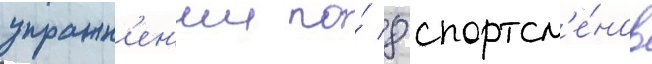
упражн'ен'ии по́ 8 спортсм'е́нов